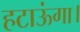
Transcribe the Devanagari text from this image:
हटाऊंगा।